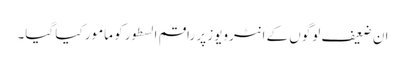
ان ضعیف لوگوں کے انٹرویوز پر راقم السطور کو مامور کیا گیا۔